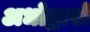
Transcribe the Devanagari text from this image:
अधोद्वारों